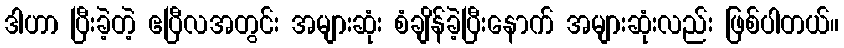
ဒါဟာ ပြီးခဲ့တဲ့ ဧပြီလအတွင်း အများဆုံး စံချိန်ခဲ့ပြီးနောက် အများဆုံးလည်း ဖြစ်ပါတယ်။